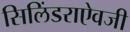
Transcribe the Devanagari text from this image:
सिलिंडराऐवजी